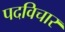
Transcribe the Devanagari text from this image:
पदविचार